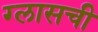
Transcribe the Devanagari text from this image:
ग्लासची